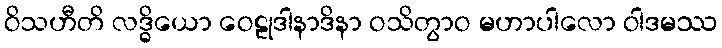
ဝိသဟီတိ လဒ္ဓိယော ဝေဠုဒါနာဒိနာ ဝသိတွာဝ မဟာပါလော ဝါဒမဿ